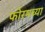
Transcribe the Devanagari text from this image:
फोरमच्या